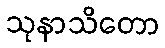
သုနာသိတော